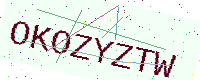
Text: OKOZYZTW